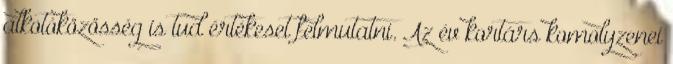
alkotóközösség is tud értékeset felmutatni. Az év kortárs komolyzenei